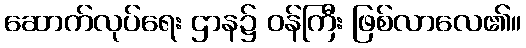
ဆောက်လုပ်ရေး ဌာန၌ ဝန်ကြီး ဖြစ်လာလေ၏။